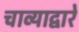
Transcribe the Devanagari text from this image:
चाव्याद्वारे